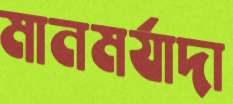
মানমর্যাদা